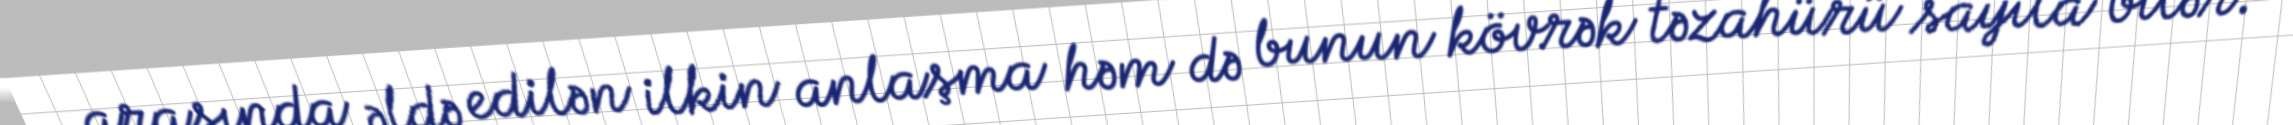
arasında əldə edilən ilkin anlaşma həm də bunun kövrək təzahürü sayıla bilər.